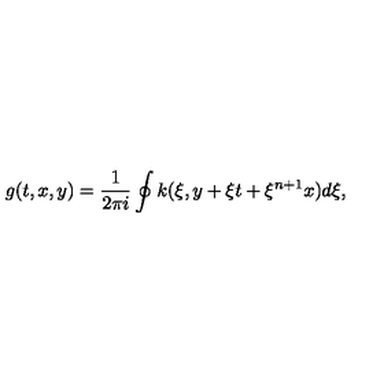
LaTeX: g ( t , x , y ) = \frac { 1 } { 2 \pi i } \oint k ( \xi , y + \xi t + \xi ^ { n + 1 } x ) d \xi ,